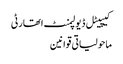
کیپیٹل ڈیولپمنٹ اتھارٹی
ماحولیاتی قوانین